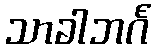
သာခါဘင်္ဂ